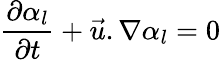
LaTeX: \frac{\partial\alpha_{l}}{\partial{t}}+\vec{u}.\nabla\alpha_{l}=0